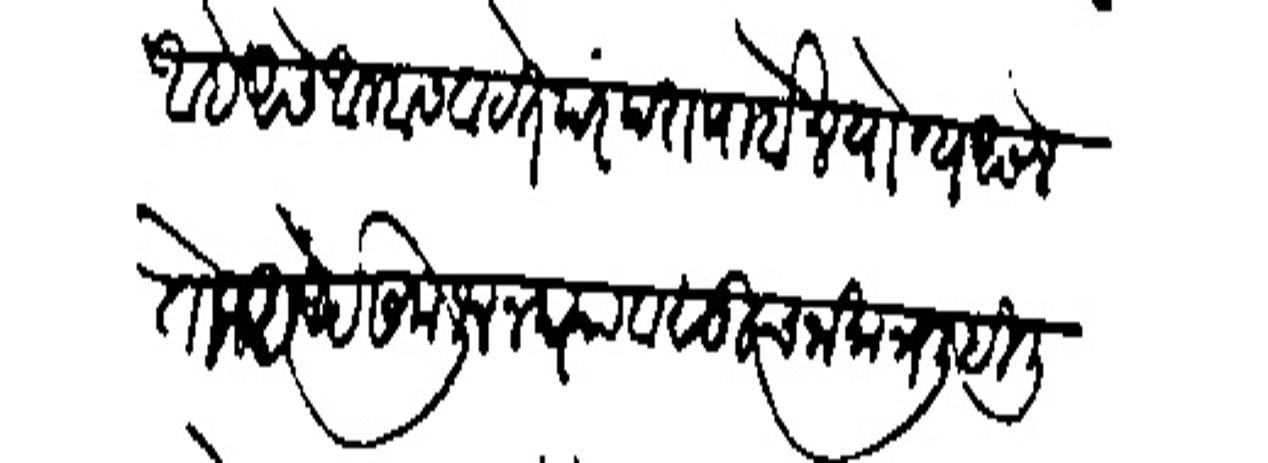
Transliteration (Devanagari): आहे असे आम्हांस वाटते परंपरा पाहोन योग्य असेल तो अर्थ समजून घ्यावा सूचना मात्र लिहिली